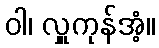
ဝါ၊ လှူကုန်အံ့။